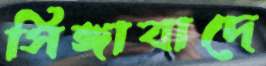
সিঙ্গাবাদে